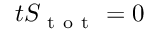
\d _ { t } S _ { \mathrm { ~ t ~ o ~ t ~ } } = 0